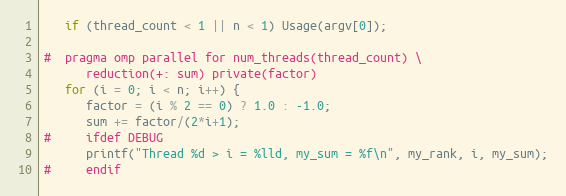
Language: C
   if (thread_count < 1 || n < 1) Usage(argv[0]);

#  pragma omp parallel for num_threads(thread_count) \
      reduction(+: sum) private(factor)
   for (i = 0; i < n; i++) {
      factor = (i % 2 == 0) ? 1.0 : -1.0;
      sum += factor/(2*i+1);
#     ifdef DEBUG
      printf("Thread %d > i = %lld, my_sum = %f\n", my_rank, i, my_sum);
#     endif